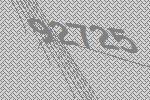
92725